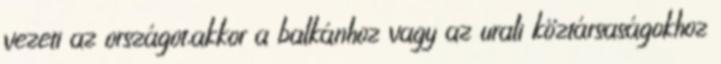
vezeti az országot,akkor a balkánhoz vagy az urali köztársaságokhoz